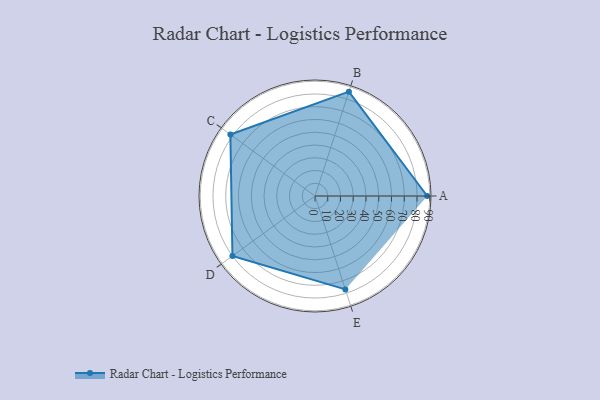
{"axis": {"x": "Skill", "y": "Score"}, "legend": ["Profile"], "data": [{"x": "A", "y": 88.0, "type": "Profile"}, {"x": "B", "y": 86.0, "type": "Profile"}, {"x": "C", "y": 82.0, "type": "Profile"}, {"x": "D", "y": 80.0, "type": "Profile"}, {"x": "E", "y": 77.0, "type": "Profile"}]}